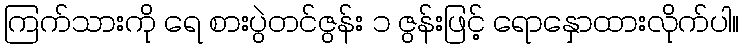
ကြက်သားကို ရေ စားပွဲတင်ဇွန်း ၁ ဇွန်းဖြင့် ရောနှောထားလိုက်ပါ။